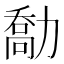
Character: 勪